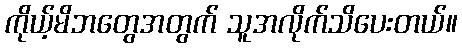
ကိုယ့်မိဘတွေအတွက် သူအလိုက်သိပေးတယ်။